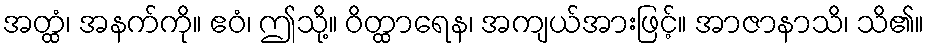
အတ္ထံ၊ အနက်ကို။ ဧဝံ၊ ဤသို့။ ဝိတ္ထာရေန၊ အကျယ်အားဖြင့်။ အာဇာနာသိ၊ သိ၏။